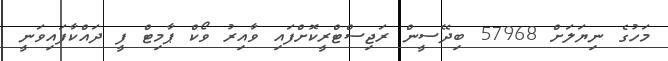
މަހުގެ ނިޔަލަށް 57968 ބިދޭސީން ރަޖިސްޓްރީކޮށްފައި ވާއިރު ވޯކް ޕާމިޓް ފީ ދައްކާފައިވަނީ